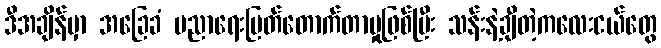
ဒီအချိန်မှာ အခြေခံ ပညာရေးပြတ်တောက်တာမှုဖြစ်ပြီး သန်းနဲ့ချီတဲ့ကလေးငယ်တွေ